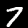
Digit: 7